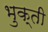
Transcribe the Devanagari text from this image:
भुक्ती